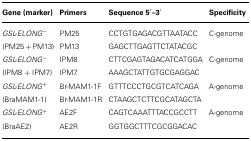
<table><thead><tr><td><b>Gene (marker)</b></td><td><b>Primers</b></td><td><b>Sequence 5′–3′</b></td><td><b>Specificity</b></td></tr></thead><tbody><tr><td><i>GSL-ELONG</i><sup>-</sup></td><td>PM25</td><td>CCTGTGAGACGTTAATACC</td><td>C-genome</td></tr><tr><td>(PM25 + PM13)</td><td>PM13</td><td>GAGCTTGAGTTCTATACGC</td><td></td></tr><tr><td><i>GSL-ELONG</i><sup>-</sup></td><td>IPM8</td><td>CTTCGAGTAGACATCATGGA </td><td>C-genome</td></tr><tr><td>(IPM8 + IPM7)</td><td>IPM7</td><td>AAAGCTATTGTGCGAGGAC</td><td></td></tr><tr><td><i>GSL-ELONG</i><sup>+</sup></td><td>Br-MAM1-1F </td><td>GTTTCCCTGCGTCATCAGA </td><td>A-genome</td></tr><tr><td>(BraMAM1-1)</td><td>Br-MAM1-1R</td><td>CTAAGCTCTTCGCATAGCTA</td><td></td></tr><tr><td><i>GSL-ELONG</i><sup>+</sup></td><td>AE2F</td><td>CAGTCAAATTTACCGCCTT</td><td>A-genome</td></tr><tr><td>(BraAE2)</td><td>AE2R</td><td>GGTGGCTTTCGCGGACAC</td><td></td></tr></tbody></table>